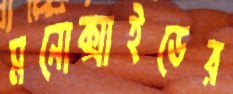
মনোক্সাইডের